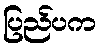
ပြည်ပက